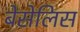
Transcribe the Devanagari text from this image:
बेसेलिस